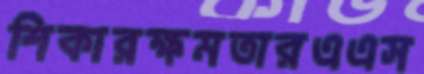
শিকারক্ষমতারএএস